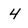
Character: 4